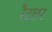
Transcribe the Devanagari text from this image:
रैटलर